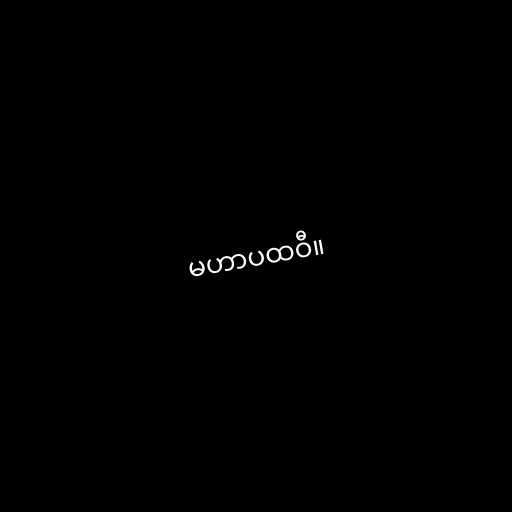
မဟာပထဝီ။